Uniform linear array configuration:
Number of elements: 8
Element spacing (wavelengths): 0.75
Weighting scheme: exponential
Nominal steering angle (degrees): -45
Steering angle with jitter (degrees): -45.592
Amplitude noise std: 0.05
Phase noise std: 0.05

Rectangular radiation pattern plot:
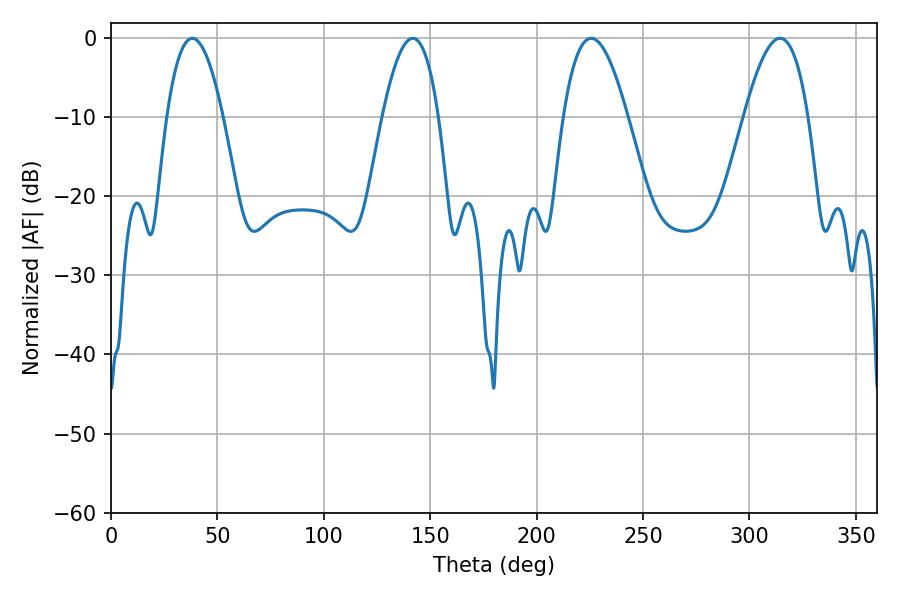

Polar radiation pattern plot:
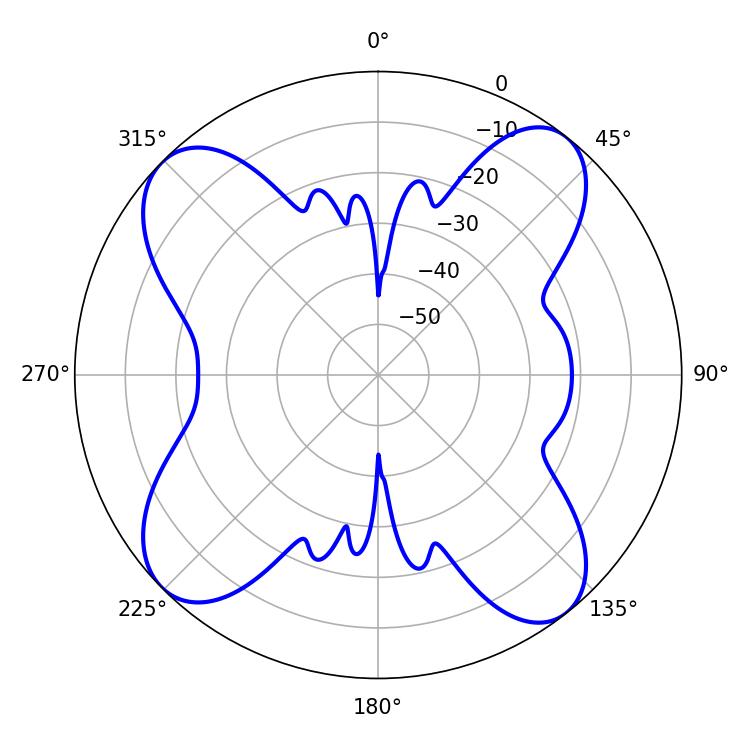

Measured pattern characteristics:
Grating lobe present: TRUE
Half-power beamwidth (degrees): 14.58
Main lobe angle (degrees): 38.16